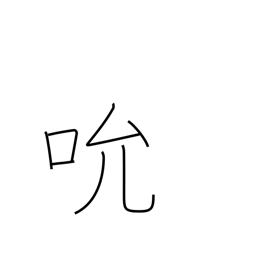
Meaning: suck